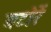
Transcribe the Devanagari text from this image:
बटोरें